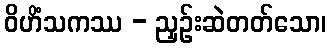
ဝိဟိံသကဿ - ညှဉ်းဆဲတတ်သော၊